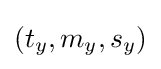
(t_{y},m_{y},s_{y})